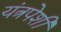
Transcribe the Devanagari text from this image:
यंत्रपेशी